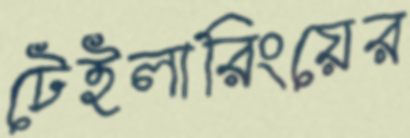
টেইলারিংয়ের